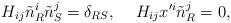
LaTeX: \begin{align*}H_{ij}\tilde{n}^i_R\tilde{n}^j_S=\delta_{RS},\hspace*{5mm}H_{ij}x'^i\tilde{n}^j_R=0,\end{align*}